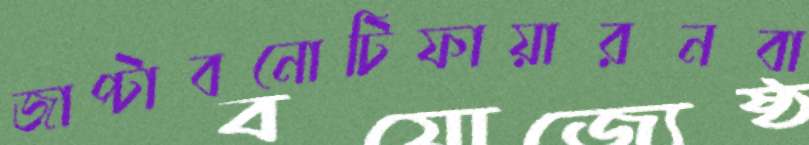
জাপ্‌টাবনোটিফায়ারনবা